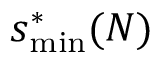
s _ { \mathrm { m i n } } ^ { * } ( N )